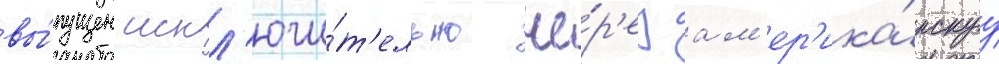
вы́пущен искл'ючи́т'ельно че́р'ез ам'ер'ика́нскуу